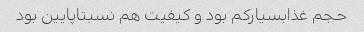
حجم غذابسیارکم بود و کیفیت هم نسبتاپایین بود